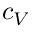
c _ { V }